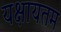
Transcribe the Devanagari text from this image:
यक्षायतम